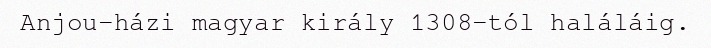
Anjou-házi magyar király 1308-tól haláláig.